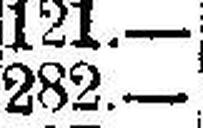
282.—